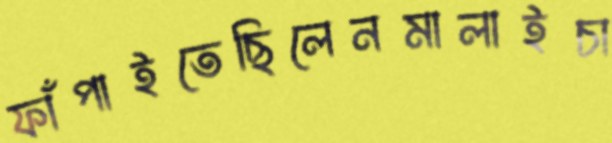
ফাঁপাইতেছিলেনমালাইচা